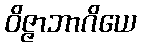
ဝိဇ္ဇာဘာဂိယေ